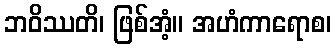
ဘဝိဿတိ၊ ဖြစ်အံ့။ အဟံကာရောစ၊